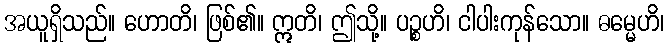
အယူရှိသည်။ ဟောတိ၊ ဖြစ်၏။ ဣတိ၊ ဤသို့။ ပဉ္စဟိ၊ ငါပါးကုန်သော။ ဓမ္မေဟိ၊